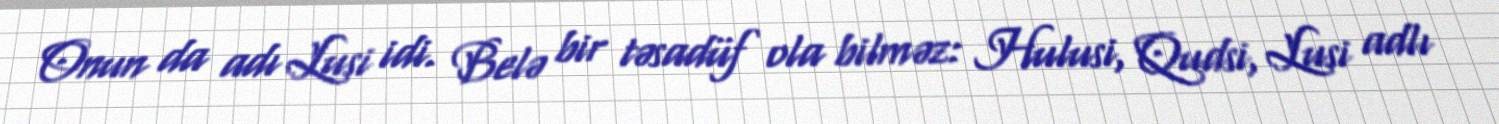
Onun da adı Lusi idi. Belə bir təsadüf ola bilməz: Hulusi, Qudsi, Lusi adlı